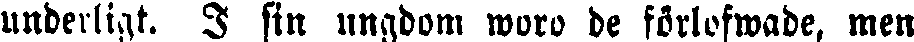
underligt. I sin ungdom woro de förlofwade, men